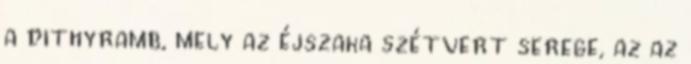
a dithyramb, mely az éjszaka szétvert serege, az az